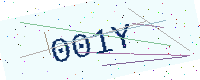
Text: 001Y